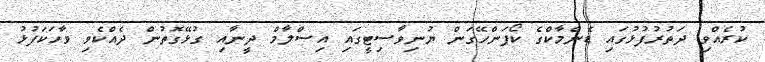
ކުރެއްވި ދަތުރުފުޅުގައި ޑެންމާކްގެ ކޯޕަންހޭގަން ޔުނިވާސިޓީގައި އިސްލާމް ދީނާއި ގުޅޭގޮތުން ދެއްކެވި ވާހަކަފުޅު